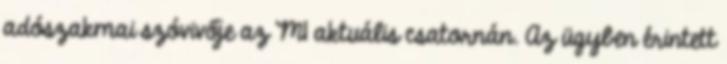
adószakmai szóvivője az M1 aktuális csatornán. Az ügyben érintett